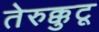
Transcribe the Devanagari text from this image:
तेरुक्कुटू